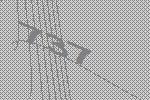
737